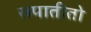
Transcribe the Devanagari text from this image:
रूपातीतो